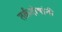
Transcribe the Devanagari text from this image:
तर्कदोषांनी